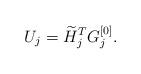
LaTeX: \begin{align*}U_j = \widetilde{H}_j^TG_j^{[0]}.\end{align*}